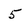
Character: 5